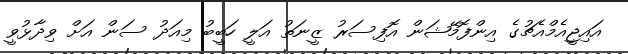
އައިޖީއެމްއެޗުގެ އިންފޮމޭޝަން އޮފިސަރު ޒީނަތު އަލީ ހަބީބު މިއަދު ސަން އަށް ވިދާޅުވީ